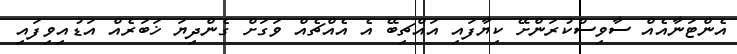
އެންޓަނާއެއް ސާވިސްކުރަންށޭ ކިޔާފައި އައްޗިބޭ އެ އެއްޗެއް ވަގަށް ގެންދިޔަ ޚަބަރެއް އަޑުއިވިފައި